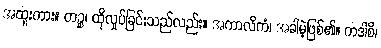
အထူးကား။ တဉ္စ၊ ထိုလှုပ်ခြင်းသည်လည်း။ အကာလိကံ၊ အခါမဲ့ဖြစ်၏။ ကဒါစိ၊